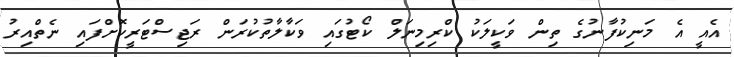
އެއީ އެ މަނިކުފާނުގެ ތިން ވަކީލަކު ކްރިމިނަލް ކޯޓުގައި ވަކާލާތުކުރަން ރަޖިސްޓަރީކޮށްފައި ނެތްއިރު